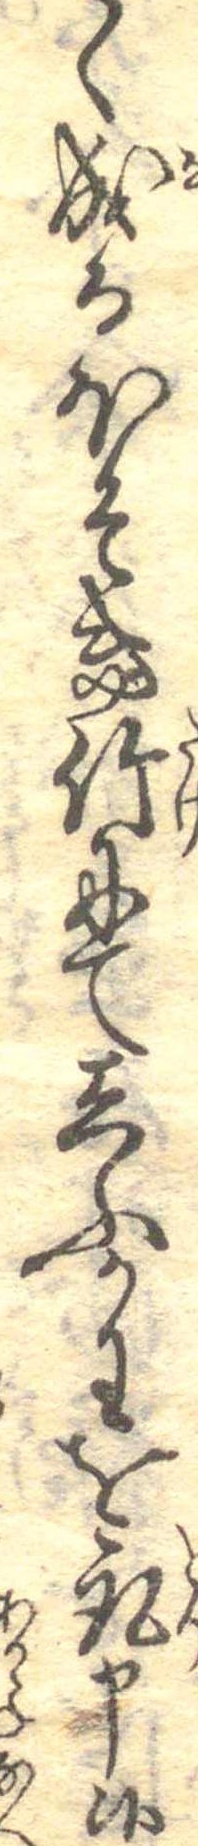
く成るほそき竹にてしふかわを取申候